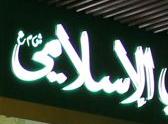
الإسلامي